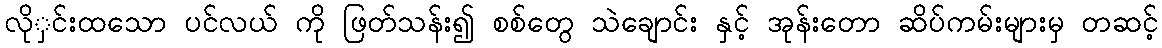
လိုှင်းထသော ပင်လယ် ကို ဖြတ်သန်း၍ စစ်တွေ သဲချောင်း နှင့် အုန်းတော ဆိပ်ကမ်းများမှ တဆင့်